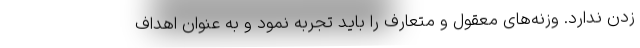
زدن ندارد. وزنه‌های معقول و متعارف را باید تجربه نمود و به عنوان اهداف